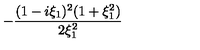
- { \frac { ( 1 - i \xi _ { 1 } ) ^ { 2 } ( 1 + \xi _ { 1 } ^ { 2 } ) } { 2 \xi _ { 1 } ^ { 2 } } }